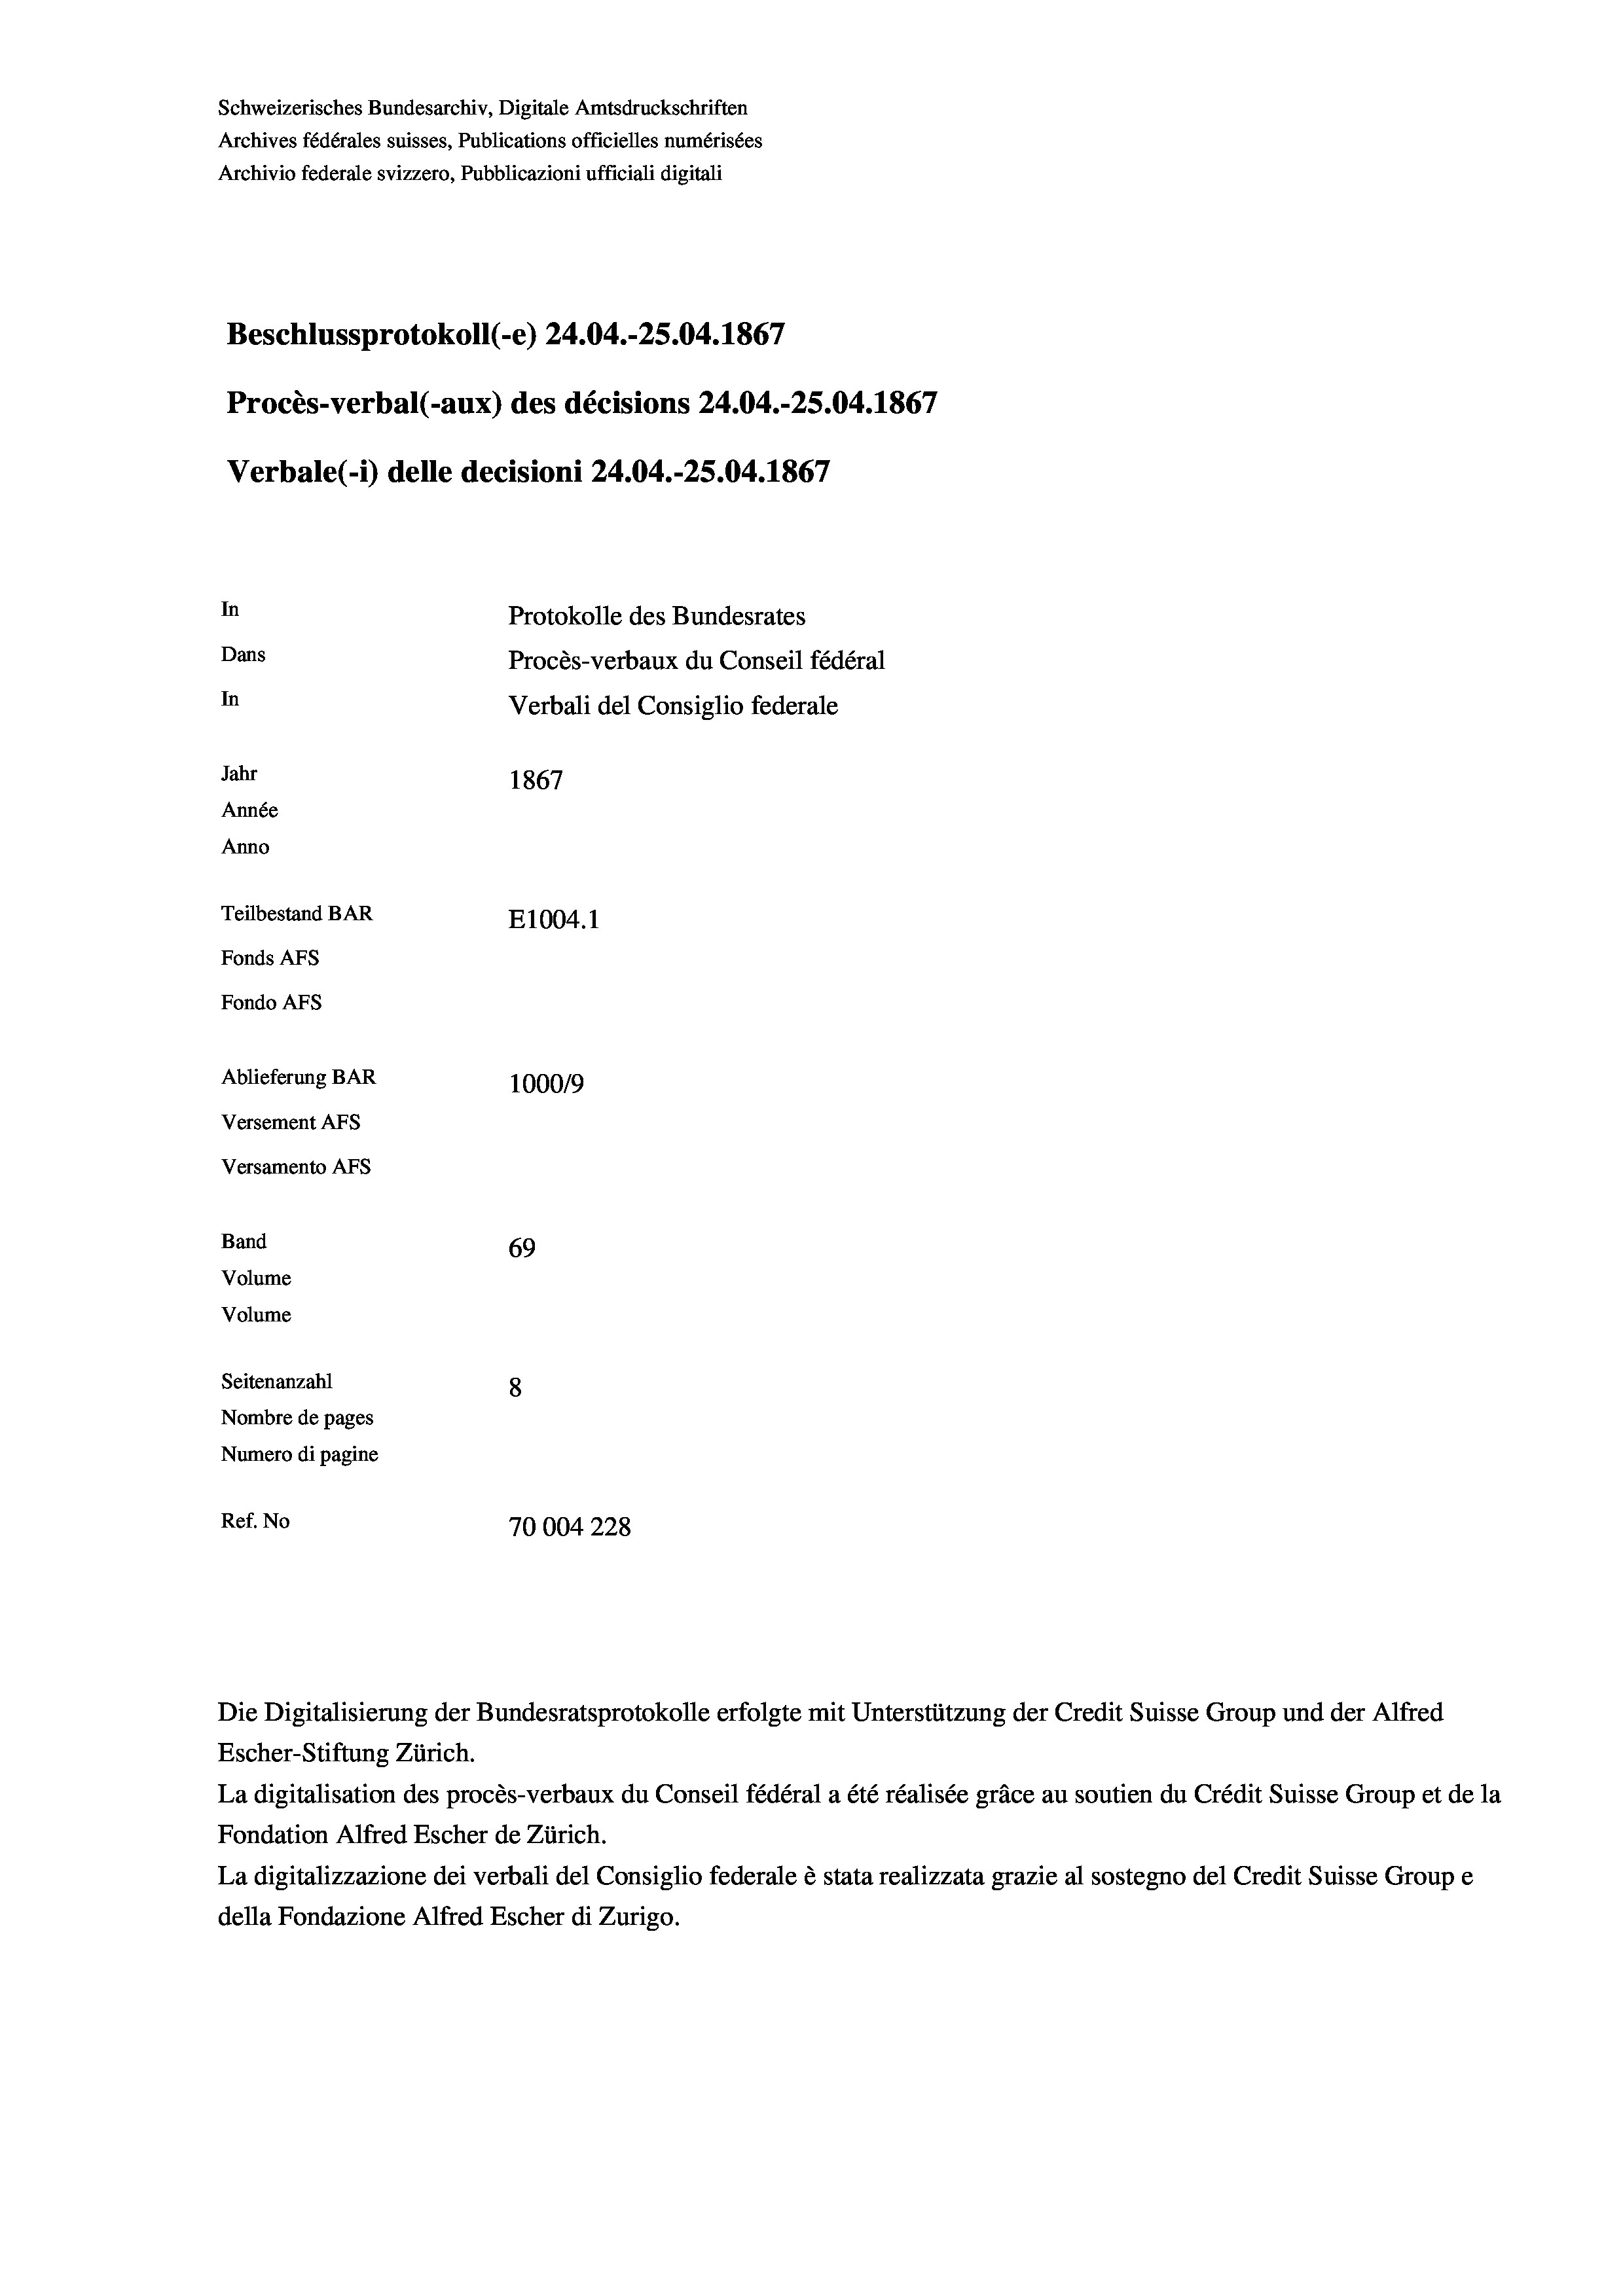
Schweizerisches Bundesarchiv, Digitale Amtsdruckschriften
Archives fédérales suisses, Publications officielles numérisées
Archivio federale svizzero, Pubblicazioni ufficiali digitali
Beschlussprotokoll (-e) 24.04.-25.04. 1867
Procès-verbal (-aux) des décisions 24.04.-25.04. 1867
Verbale(-*) delle decisioni 24.04.-25.04. 1867
In
Protokolle des Bundesrates
Dans
Procès-verbaux du Conseil fédéral
In
Verbali del Consiglio federale
Jahr
1867
Année
Anno
Teilbestand BAR
E1004.1
Fonds AFs
Fondo Afs
Ablieferung BAR
100019
Versement AFs
Versamento AFs
Band
69
Volume
Volume
Seitenanzahl
8
Nombre de pages
Numero di pagine
Ref. No
70004 228

Escher-Stiftung Zürich.
La digitalisation des procès-verbaux du Conseil fédéral a été réalisée gräce au soutien du Crédit Suisse Group et de la
Fondation Alfred Escher de Zürich.
La digitalizzazione dei verbali del Consiglio federale è stata realizzata grazie al sostegno del Credit Suisse Groupe
della Fondazione Alfred Escher di Zurigo.

Die Digitalisierung der Bundesratsprotokolle erfolgte mit Unterstützung der Credit Suisse Group und der Alfred